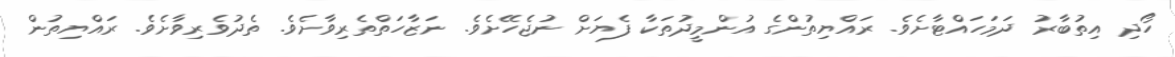
ހޯދި އިތުބާރު ދަމަހައްޓާށެވެ. ރައްޔިތުންގެ އުންމީދުތަކާ ފެޔަށް ނުޖެހޭށެވެ. ނަޒާހަތްތެރިވާށެވެ. ތެދުވެރިވާށެވެ. ރައްޔިތުން